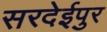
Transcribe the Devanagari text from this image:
सरदेईपुर